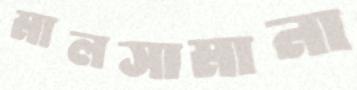
মালসামানা